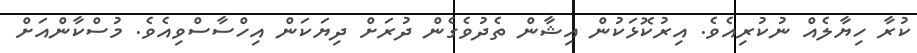
ކުރާ ހިޔާލެއް ނުކުރިއެވެ. އިރުކޮޅަކުން އިޝާން ތެދުވެގެން ދުރަށް ދިޔަކަން އިހްސާސްވިއެވެ. މުސްކާންއަށް